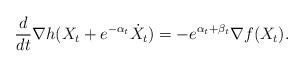
LaTeX: \begin{align*}\frac{d}{dt} \nabla h(X_t + e^{-\alpha_t} \dot X_t) = - e^{\alpha_t + \beta_t}\nabla f(X_t).\end{align*}